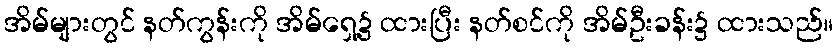
အိမ်များတွင် နတ်ကွန်းကို အိမ်ရှေ့၌ ထားပြီး နတ်စင်ကို အိမ်ဦးခန်း၌ ထားသည်။